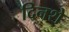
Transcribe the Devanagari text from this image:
दिनशे